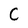
Character: C